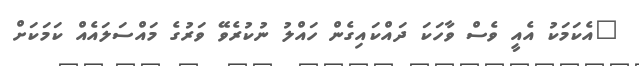
"އެކަމަކު އެއީ ވެސް ވާހަކަ ދައްކައިގެން ހައްލު ނުކުރެވޭ ވަރުގެ މައްސަލައެއް ކަމަކަށް